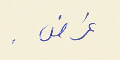
غرض .